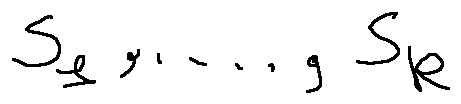
s _ { 1 } , \ldots , s _ { k }